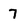
Character: 7